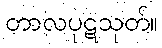
တာလပုဋသုတ်။